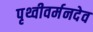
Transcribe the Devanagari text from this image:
पृथ्वीवर्मनदेव